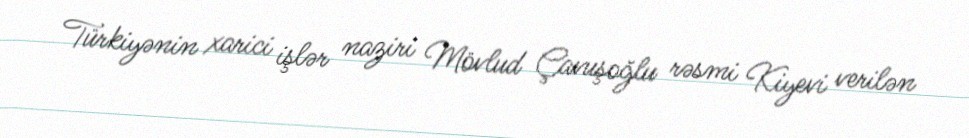
Türkiyənin xarici işlər naziri Mövlud Çavuşoğlu rəsmi Kiyevi verilən